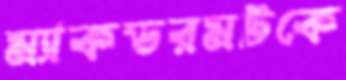
ম্যাকডরমটকে